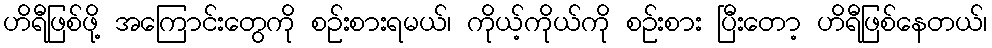
ဟိရီဖြစ်ဖို့ အကြောင်းတွေကို စဉ်းစားရမယ်၊ ကိုယ့်ကိုယ်ကို စဉ်းစား ပြီးတော့ ဟိရီဖြစ်နေတယ်၊